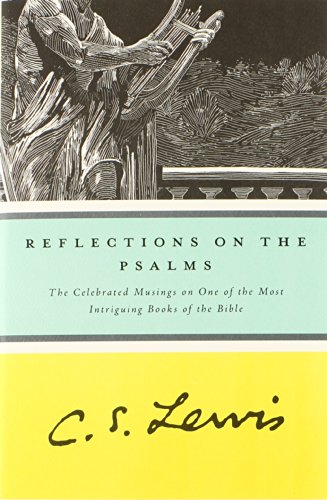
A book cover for Reflections on the Psalms (Harvest Book); C. S. Lewis; Christian Books & Bibles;